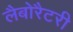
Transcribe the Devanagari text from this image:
लैबोरैटरी